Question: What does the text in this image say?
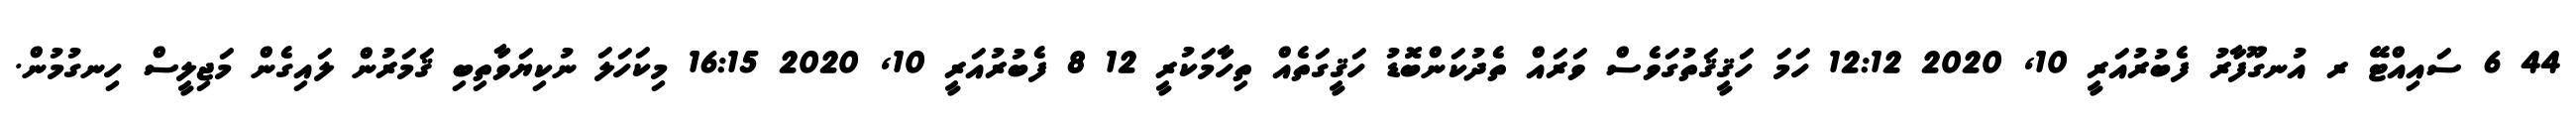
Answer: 44 6 ސައިއްޓޭ ރ އުނގޫފާރު ފެބުރުއަރީ 10, 2020 12:12 ހަމަ ހަޤީޤަތުގަވެސް ވަރައް ތެދުކަންބޮޑު ހަޤީގަތެއް ތިހާމަކުރީ 12 8 ފެބުރުއަރީ 10, 2020 16:15 މިކަހަލަ ނުކިޔަވާތިބި ޤަމަރުން ލައިގެން މަޖިލީސް ހިނގުމުން.